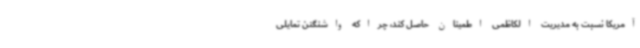
آمریکا نسبت به مدیریت الکاظمی اطمینان حاصل کند، چراکه واشنگتن تمایلی